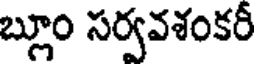
బ్లూం సర్వవశంకరీ